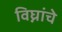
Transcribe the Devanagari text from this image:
विघ्नांचे